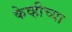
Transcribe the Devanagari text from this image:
केव्हीच्या